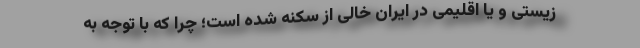
زیستی و یا اقلیمی در ایران خالی از سکنه شده است؛ چرا که با توجه به